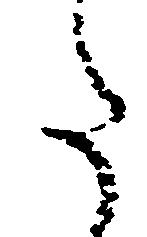
た